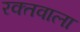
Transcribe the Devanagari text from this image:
रक्तवाला